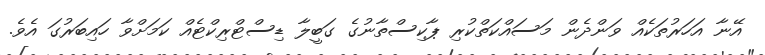
އޭނާ އަހަރުތަކެއް ވަންދެން މަސައްކަތްކުރި ޕާކިސްތާނުގެ ގަބީލާ ޑިސްޓްރިކްޓެއް ކަމަށްވާ ހައިބަރުގަ އެވެ.